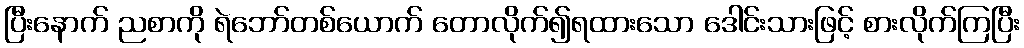
ပြီးနောက် ညစာကို ရဲဘော်တစ်ယောက် တောလိုက်၍ရထားသော ဒေါင်းသားဖြင့် စားလိုက်ကြပြီး